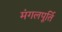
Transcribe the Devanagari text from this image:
मंगलपूर्ति